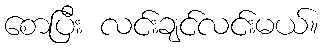
စောပြီး လင်းချင်လင်းမယ်။